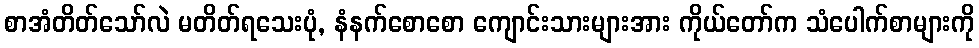
စာအံတိတ်သော်လဲ မတိတ်ရသေးပုံ, နံနက်စောစော ကျောင်းသားများအား ကိုယ်တော်က သံပေါက်စာများကို